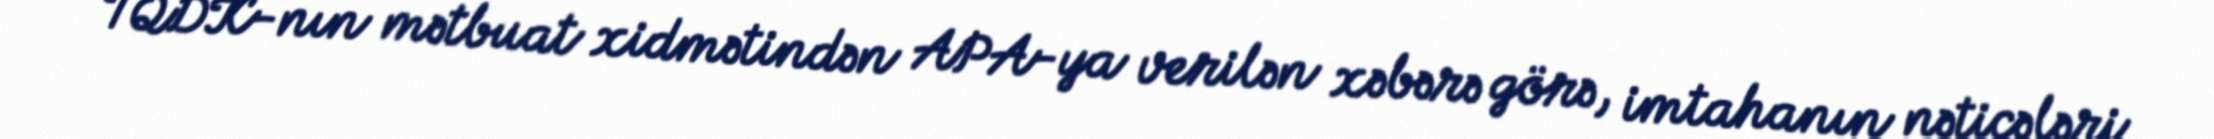
TQDK-nın mətbuat xidmətindən APA-ya verilən xəbərə görə, imtahanın nəticələri